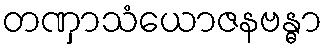
တဏှာသံယောဇနဗန္ဓာ